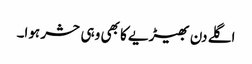
اگلے دن بھیڑیے کا بھی وہی حشر ہوا۔